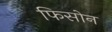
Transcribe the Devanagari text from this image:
फिसोन